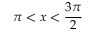
\pi < x < { \frac { 3 \pi } { 2 } }